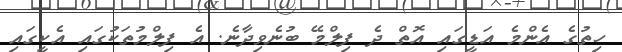
ހިތުގެ އެންމެ އަޑީގައި އޮތް ދެ ފިލްމޭ ބުނެވިދާނެ. އެ ފިލްމުތަކުގައި އެކީގައި